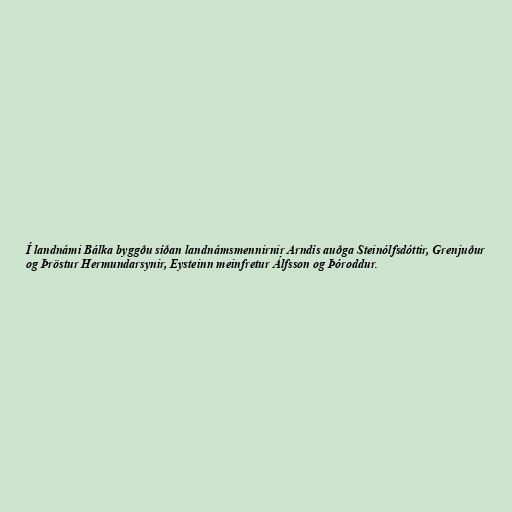
Í landnámi Bálka byggðu síðan landnámsmennirnir Arndís auðga Steinólfsdóttir, Grenjuður
og Þröstur Hermundarsynir, Eysteinn meinfretur Álfsson og Þóroddur.